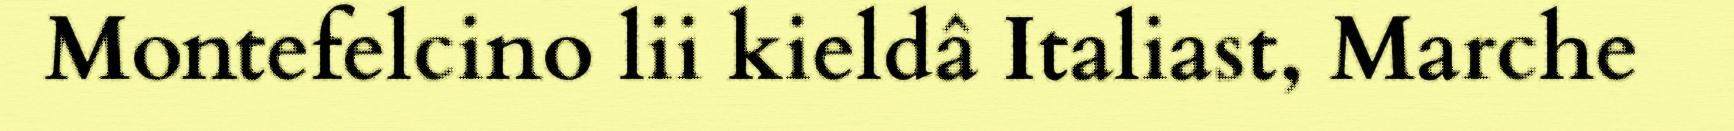
Montefelcino lii kieldâ Italiast, Marche